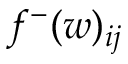
f ^ { - } ( w ) _ { i j }